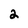
Character: 2